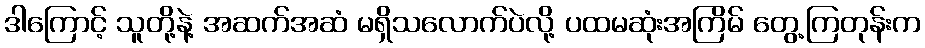
ဒါကြောင့် သူတို့နဲ့ အဆက်အဆံ မရှိသလောက်ပဲလို့ ပထမဆုံးအကြိမ် တွေ့ကြတုန်းက